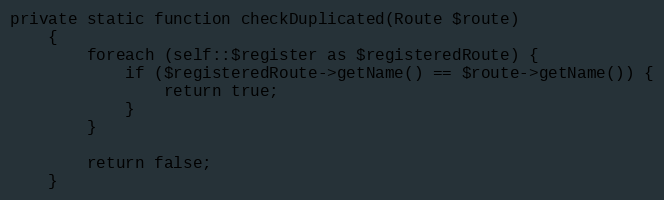
Language: PHP
private static function checkDuplicated(Route $route)
    {
        foreach (self::$register as $registeredRoute) {
            if ($registeredRoute->getName() == $route->getName()) {
                return true;
            }
        }

        return false;
    }